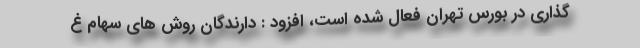
گذاری در بورس تهران فعال شده است، افزود : دارندگان روش های سهام غ